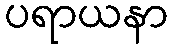
ပရာယနာ